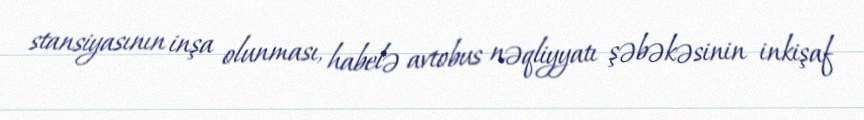
stansiyasının inşa olunması, habelə avtobus nəqliyyatı şəbəkəsinin inkişaf